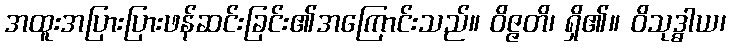
အထူးအပြားပြားဖန်ဆင်းခြင်း၏အကြောင်းသည်။ ဝိဇ္ဇတိ၊ ရှိ၏။ ဝိသုဒ္ဓါယ၊